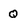
Character: q